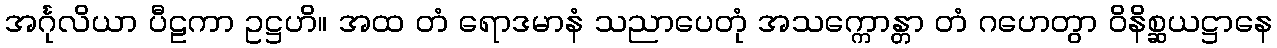
အင်္ဂုလိယာ ပီဠကာ ဥဋ္ဌဟိ။ အထ တံ ရောဒမာနံ သညာပေတုံ အသက္ကောန္တာ တံ ဂဟေတွာ ဝိနိစ္ဆယဋ္ဌာနေ